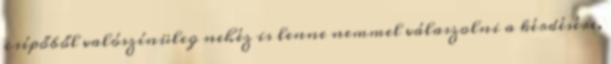
csípőből valószínüleg nehéz is lenne nemmel válaszolni a kérdésére,